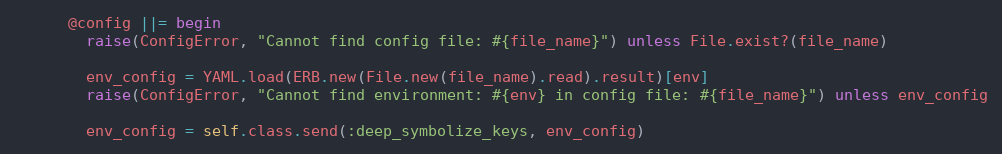
Language: Ruby
      @config ||= begin
        raise(ConfigError, "Cannot find config file: #{file_name}") unless File.exist?(file_name)

        env_config = YAML.load(ERB.new(File.new(file_name).read).result)[env]
        raise(ConfigError, "Cannot find environment: #{env} in config file: #{file_name}") unless env_config

        env_config = self.class.send(:deep_symbolize_keys, env_config)